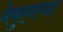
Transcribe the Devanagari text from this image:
मेथुएनच्या